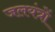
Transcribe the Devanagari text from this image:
जलयंत्रों